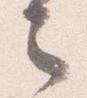
之